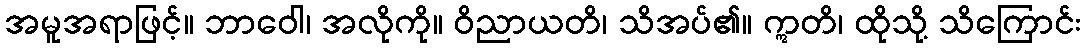
အမူအရာဖြင့်။ ဘာဝေါ၊ အလိုကို။ ဝိညာယတိ၊ သိအပ်၏။ ဣတိ၊ ထိုသို့ သိကြောင်း